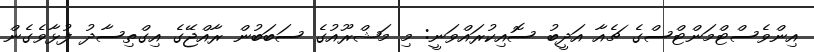
އިންވެސްޓްމަންޓްސްގެ ޗެއާ އަދީބު ސޮއިކުރައްވަނީ: މި މަޝްރޫއުގެ ސަބަބުން ރާއްޖޭގެ އިގްތިސާދު ފުޅާވެގެން